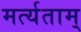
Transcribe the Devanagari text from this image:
मर्त्यताम्